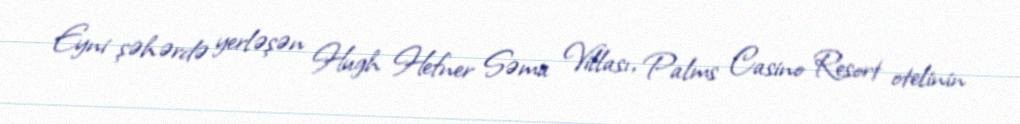
Eyni şəhərdə yerləşən Hugh Hefner Səma Villası, Palms Casino Resort otelinin